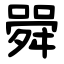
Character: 䑝